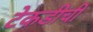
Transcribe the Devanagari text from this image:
टेकडीची